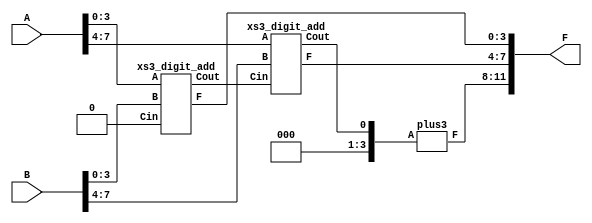
module xs3_2digit_add (
  input [7:0] A, B,
  output [11:0] F
);

  xs3_digit_add lsb (
    .Cin(1'b0),
    .A(A[3:0]),
    .B(B[3:0]),
    .Cout(carry),
    .F(F[3:0])
  );

  xs3_digit_add msb (
    .Cin(carry),
    .A(A[7:4]),
    .B(B[7:4]),
    .Cout(cout),
    .F(F[7:4])
  );

  plus3 inc3 (
    .A({3'b000,cout}),
    .F(F[11:8])
  );

endmodule

module xs3_2digit_add_tb;

  reg [7:0] a, b;
  wire [11:0] f;
  integer i, j, k, l;

  xs3_2digit_add DUT (
    .A(a),
    .B(b),
    .F(f)
  );

  initial begin
    $monitor( $time, ": %04b_%04b (%04b_%04b / %1d%1d) + %04b_%04b (%04b_%04b / %1d%1d) = %04b_%04b_%04b (%04b_%04b_%04b / %1d%1d%1d)",
      a[7:4], a[3:0], a[7:4]-3, a[3:0]-3, a[7:4]-3, a[3:0]-3,
      b[7:4], b[3:0], b[7:4]-3, b[3:0]-3, b[7:4]-3, b[3:0]-3,
      f[11:8], f[7:4], f[3:0], f[11:8]-3, f[7:4]-3, f[3:0]-3, f[11:8]-3, f[7:4]-3, f[3:0]-3 );
    a = 8'b0011_0011; // 00
    b = 8'b0011_0011; // 00
    for(i=3;i<=12;i=i+1) begin
      for(j=3;j<=12;j=j+1) begin
        for(k=3;k<=12;k=k+1) begin
          for(l=3;l<=12;l=l+1) begin
            #10 a[7:4] = i;
                a[3:0] = k;
                b[7:4] = j;
                b[3:0] = l;
          end
        end
      end
    end
    #10 $stop;
  end

endmodule

module xs3_digit_add (
  input Cin,
  input [3:0] A, B,
  output Cout,
  output [3:0] F
);

  wire [3:0] sum;
  wire [3:0] sum_p3;
  wire [3:0] sum_m3;

  assign F = Cout ? sum_p3 : sum_m3;

  fa_4bit add (
    .Cin(Cin),
    .A(A),
    .B(B),
    .Cout(Cout),
    .Sum(sum)
  );

  plus3 inc3 (
    .A(sum),
    .F(sum_p3)
  );

  minus3 dec3 (
    .A(sum),
    .F(sum_m3)
  );

endmodule

module fa_1bit (
  input Cin, A, B,
  output Cout, Sum
);

  assign Sum = Cin ^ A ^ B;
  assign Cout = (Cin & A) | (A & B) | (Cin & B);

endmodule

module fa_4bit (
  input Cin,
  input [3:0] A, B,
  output Cout,
  output [3:0] Sum
);

  wire [3:1] carry;

  fa_1bit bit0 ( .A(A[0]), .B(B[0]), .Cin(Cin),      .Cout(carry[1]), .Sum(Sum[0]) );
  fa_1bit bit1 ( .A(A[1]), .B(B[1]), .Cin(carry[1]), .Cout(carry[2]), .Sum(Sum[1]) );
  fa_1bit bit2 ( .A(A[2]), .B(B[2]), .Cin(carry[2]), .Cout(carry[3]), .Sum(Sum[2]) );
  fa_1bit bit3 ( .A(A[3]), .B(B[3]), .Cin(carry[3]), .Cout(Cout),     .Sum(Sum[3]) );

endmodule

module fa_4bit_tb;

  reg cin;
  reg [3:0] a, b;
  wire [4:0] s;
  integer i;

  fa_4bit DUT (
    .Cin(cin),
    .A(a),
    .B(b),
    .Cout(s[4]),
    .Sum(s[3:0])
  );

  initial begin
    $monitor( $time, ": %01b (%1d) + %04b (%2d) + %04b (%2d) = %05b (%2d)",
      cin, cin, a, a, b, b, s, s );
    {cin, a, b} = 0;
    for(i=0; i<2**9; i=i+1) begin
      #10 {cin, a, b} = i;
    end
    #10 $stop;
  end

endmodule

module plus3 (
  input [3:0] A,
  output [3:0] F
);

  assign F[3] = (A[3] & ~A[2]) | (A[3] & ~A[1] & ~A[0]) | (~A[3] & A[2] & (A[1] | A[0]));
  assign F[2] = (A[2] & ~A[1] & ~A[0]) | (~A[2] & (A[1] | A[0]));
  assign F[1] = ~(A[1] ^ A[0]);
  assign F[0] = ~A[0];

endmodule

module minus3 (
  input [3:0] A,
  output [3:0] F
);

  assign F[3] = (A[3] & A[2]) | (A[3] & A[1] & A[0]) | (~A[3] & ~A[2] & (~A[1] | ~A[0]));
  assign F[2] = (A[2] & A[1] & A[0]) | (~A[2] & (~A[1] | ~A[0]));
  assign F[1] = A[1] ^ A[0];
  assign F[0] = ~A[0];

endmodule

module plus3_tb;

  wire [3:0] f;
  reg [3:0] a;
  integer i;

  plus3 DUT (
    .A(a),
    .F(f)
  );

  initial begin
    $monitor( $time, ": %04b (%2d) + 3 = %04b (%2d)", a, a, f, f );
    a = 0;
    for(i=1; i<16; i=i+1) begin
      #10 a = i;
    end
    #10 $stop;
  end

endmodule

module minus3_tb;

  wire [3:0] f;
  reg [3:0] a;
  integer i;

  minus3 DUT (
    .A(a),
    .F(f)
  );

  initial begin
    $monitor( $time, ": %04b (%2d) + 3 = %04b (%2d)", a, a, f, f );
    a = 0;
    for(i=1; i<16; i=i+1) begin
      #10 a = i;
    end
    #10 $stop;
  end

endmodule